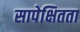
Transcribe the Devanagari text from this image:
सापेक्षितता